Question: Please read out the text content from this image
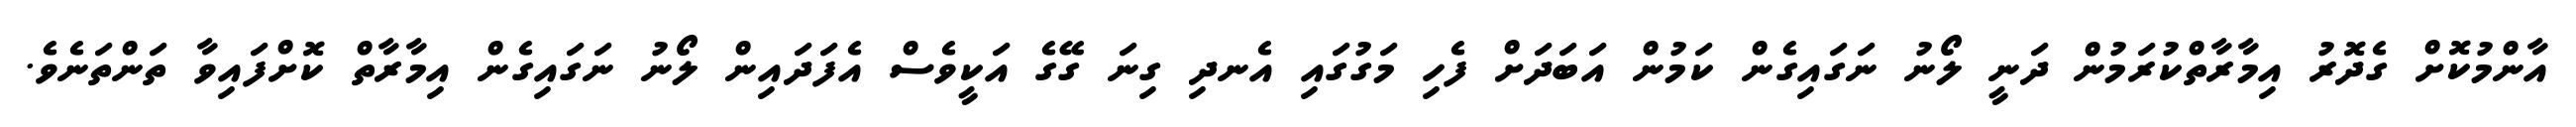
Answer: އާންމުކޮށް ގެދޮރު އިމާރާތްކުރަމުން ދަނީ ލޯނު ނަގައިގެން ކަމުން އަބަދަށް ފެހި މަގުގައި އެނދި ގިނަ ގޭގެ އަކީވެސް އެފަދައިން ލޯނު ނަގައިގެން އިމާރާތް ކޮށްފައިވާ ތަންތަނެވެ.